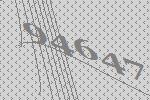
94647